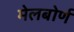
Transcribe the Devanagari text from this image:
मेलबोर्ण